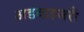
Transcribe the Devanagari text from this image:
अडवाइजरी